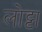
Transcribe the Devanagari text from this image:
लोट्टा